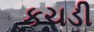
કચડી